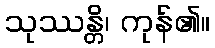
သုဿန္တိ၊ ကုန်၏။